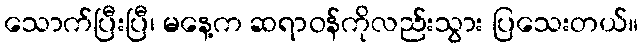
သောက်ပြီးပြီ၊ မနေ့က ဆရာဝန်ကိုလည်းသွား ပြသေးတယ်။